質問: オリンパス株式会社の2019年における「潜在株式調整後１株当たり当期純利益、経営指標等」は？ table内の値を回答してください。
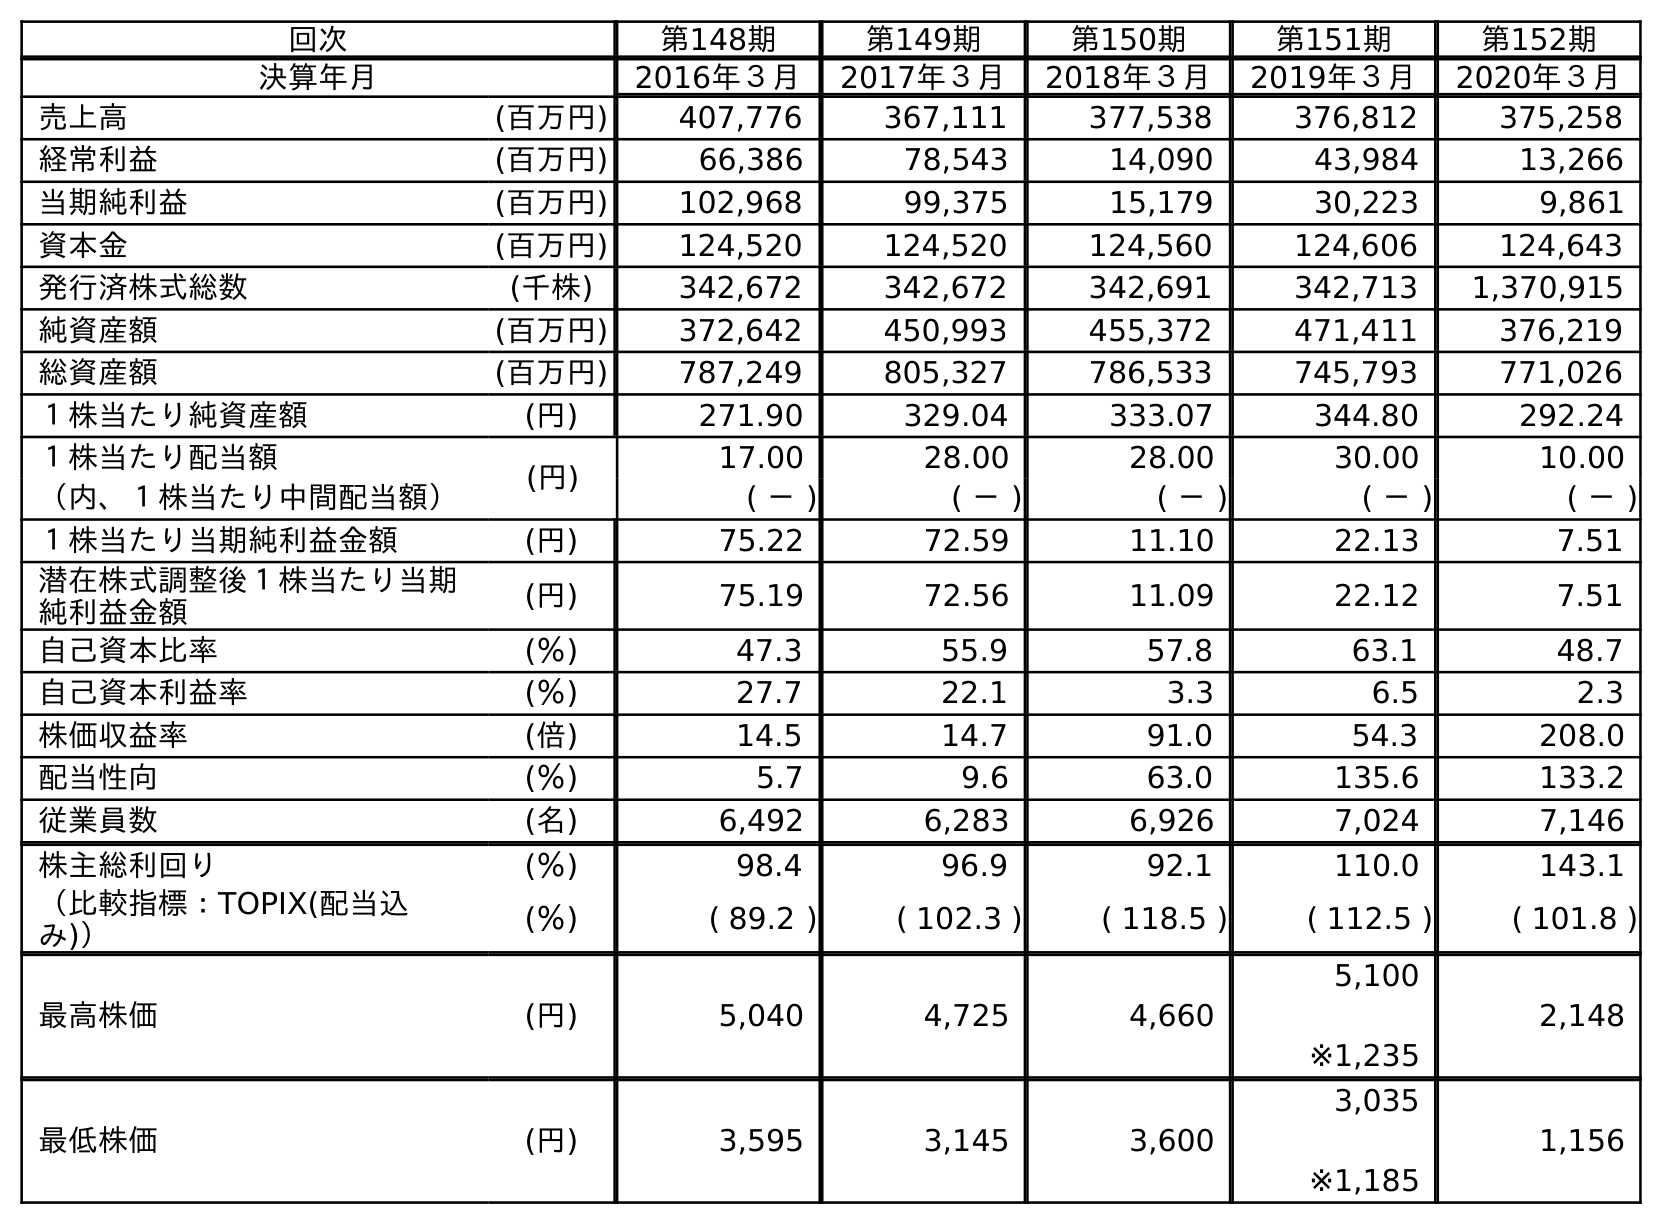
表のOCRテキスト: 回次 第148期 第149期 第150期 第151期 第152期 決算年月 2016年３月 2017年３月 2018年３月 2019年３月 2020年３月 売上高 (百万円) 407,776 367,111 377,538 376,812 375,258 経常利益 (百万円) 66,386 78,543 14,090 43,984 13,266 当期純利益 (百万円) 102,968 99,375 15,179 30,223 9,861 資本金 (百万円) 124,520 124,520 124,560 124,606 124,643 発行済株式総数 (千株) 342,672 342,672 342,691 342,713 1,370,915 純資産額 (百万円) 372,642 450,993 455,372 471,411 376,219 総資産額 (百万円) 787,249 805,327 786,533 745,793 771,026 １株当たり純資産額 (円) 271.90 329.04 333.07 344.80 292.24 １株当たり配当額 (円) 17.00 28.00 28.00 30.00 10.00 （内、１株当たり中間配当額） ( － ) ( － ) ( － ) ( － ) ( － ) １株当たり当期純利益金額 (円) 75.22 72.59 11.10 22.13 7.51 潜在株式調整後１株当たり当期 純利益金額 (円) 75.19 72.56 11.09 22.12 7.51 自己資本比率 (％) 47.3 55.9 57.8 63.1 48.7 自己資本利益率 (％) 27.7 22.1 3.3 6.5 2.3 株価収益率 (倍) 14.5 14.7 91.0 54.3 208.0 配当性向 (％) 5.7 9.6 63.0 135.6 133.2 従業員数 (名) 6,492 6,283 6,926 7,024 7,146 株主総利回り (％) 98.4 96.9 92.1 110.0 143.1 （比較指標：TOPIX(配当込 み)） (％) ( 89.2 ) ( 102.3 ) ( 118.5 ) ( 112.5 ) ( 101.8 ) 最高株価 (円) 5,040 4,725 4,660 5,100 ※1,235 2,148 最低株価 (円) 3,595 3,145 3,600 3,035 ※1,185 1,156
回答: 22.12